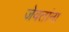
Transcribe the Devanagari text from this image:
जेवतांना